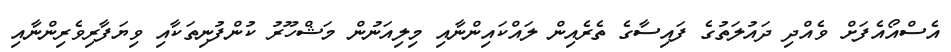
އެސްއޯއެފަށް ވެއްދި ދައުލަތުގެ ފައިސާގެ ތެރެއިން ލައްކައިންނާއި މިލިއަނުން މަޝްހޫރު ކުންފުނިތަކާއި ވިޔަފާރިވެރިންނާއި